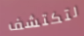
لتكتشف